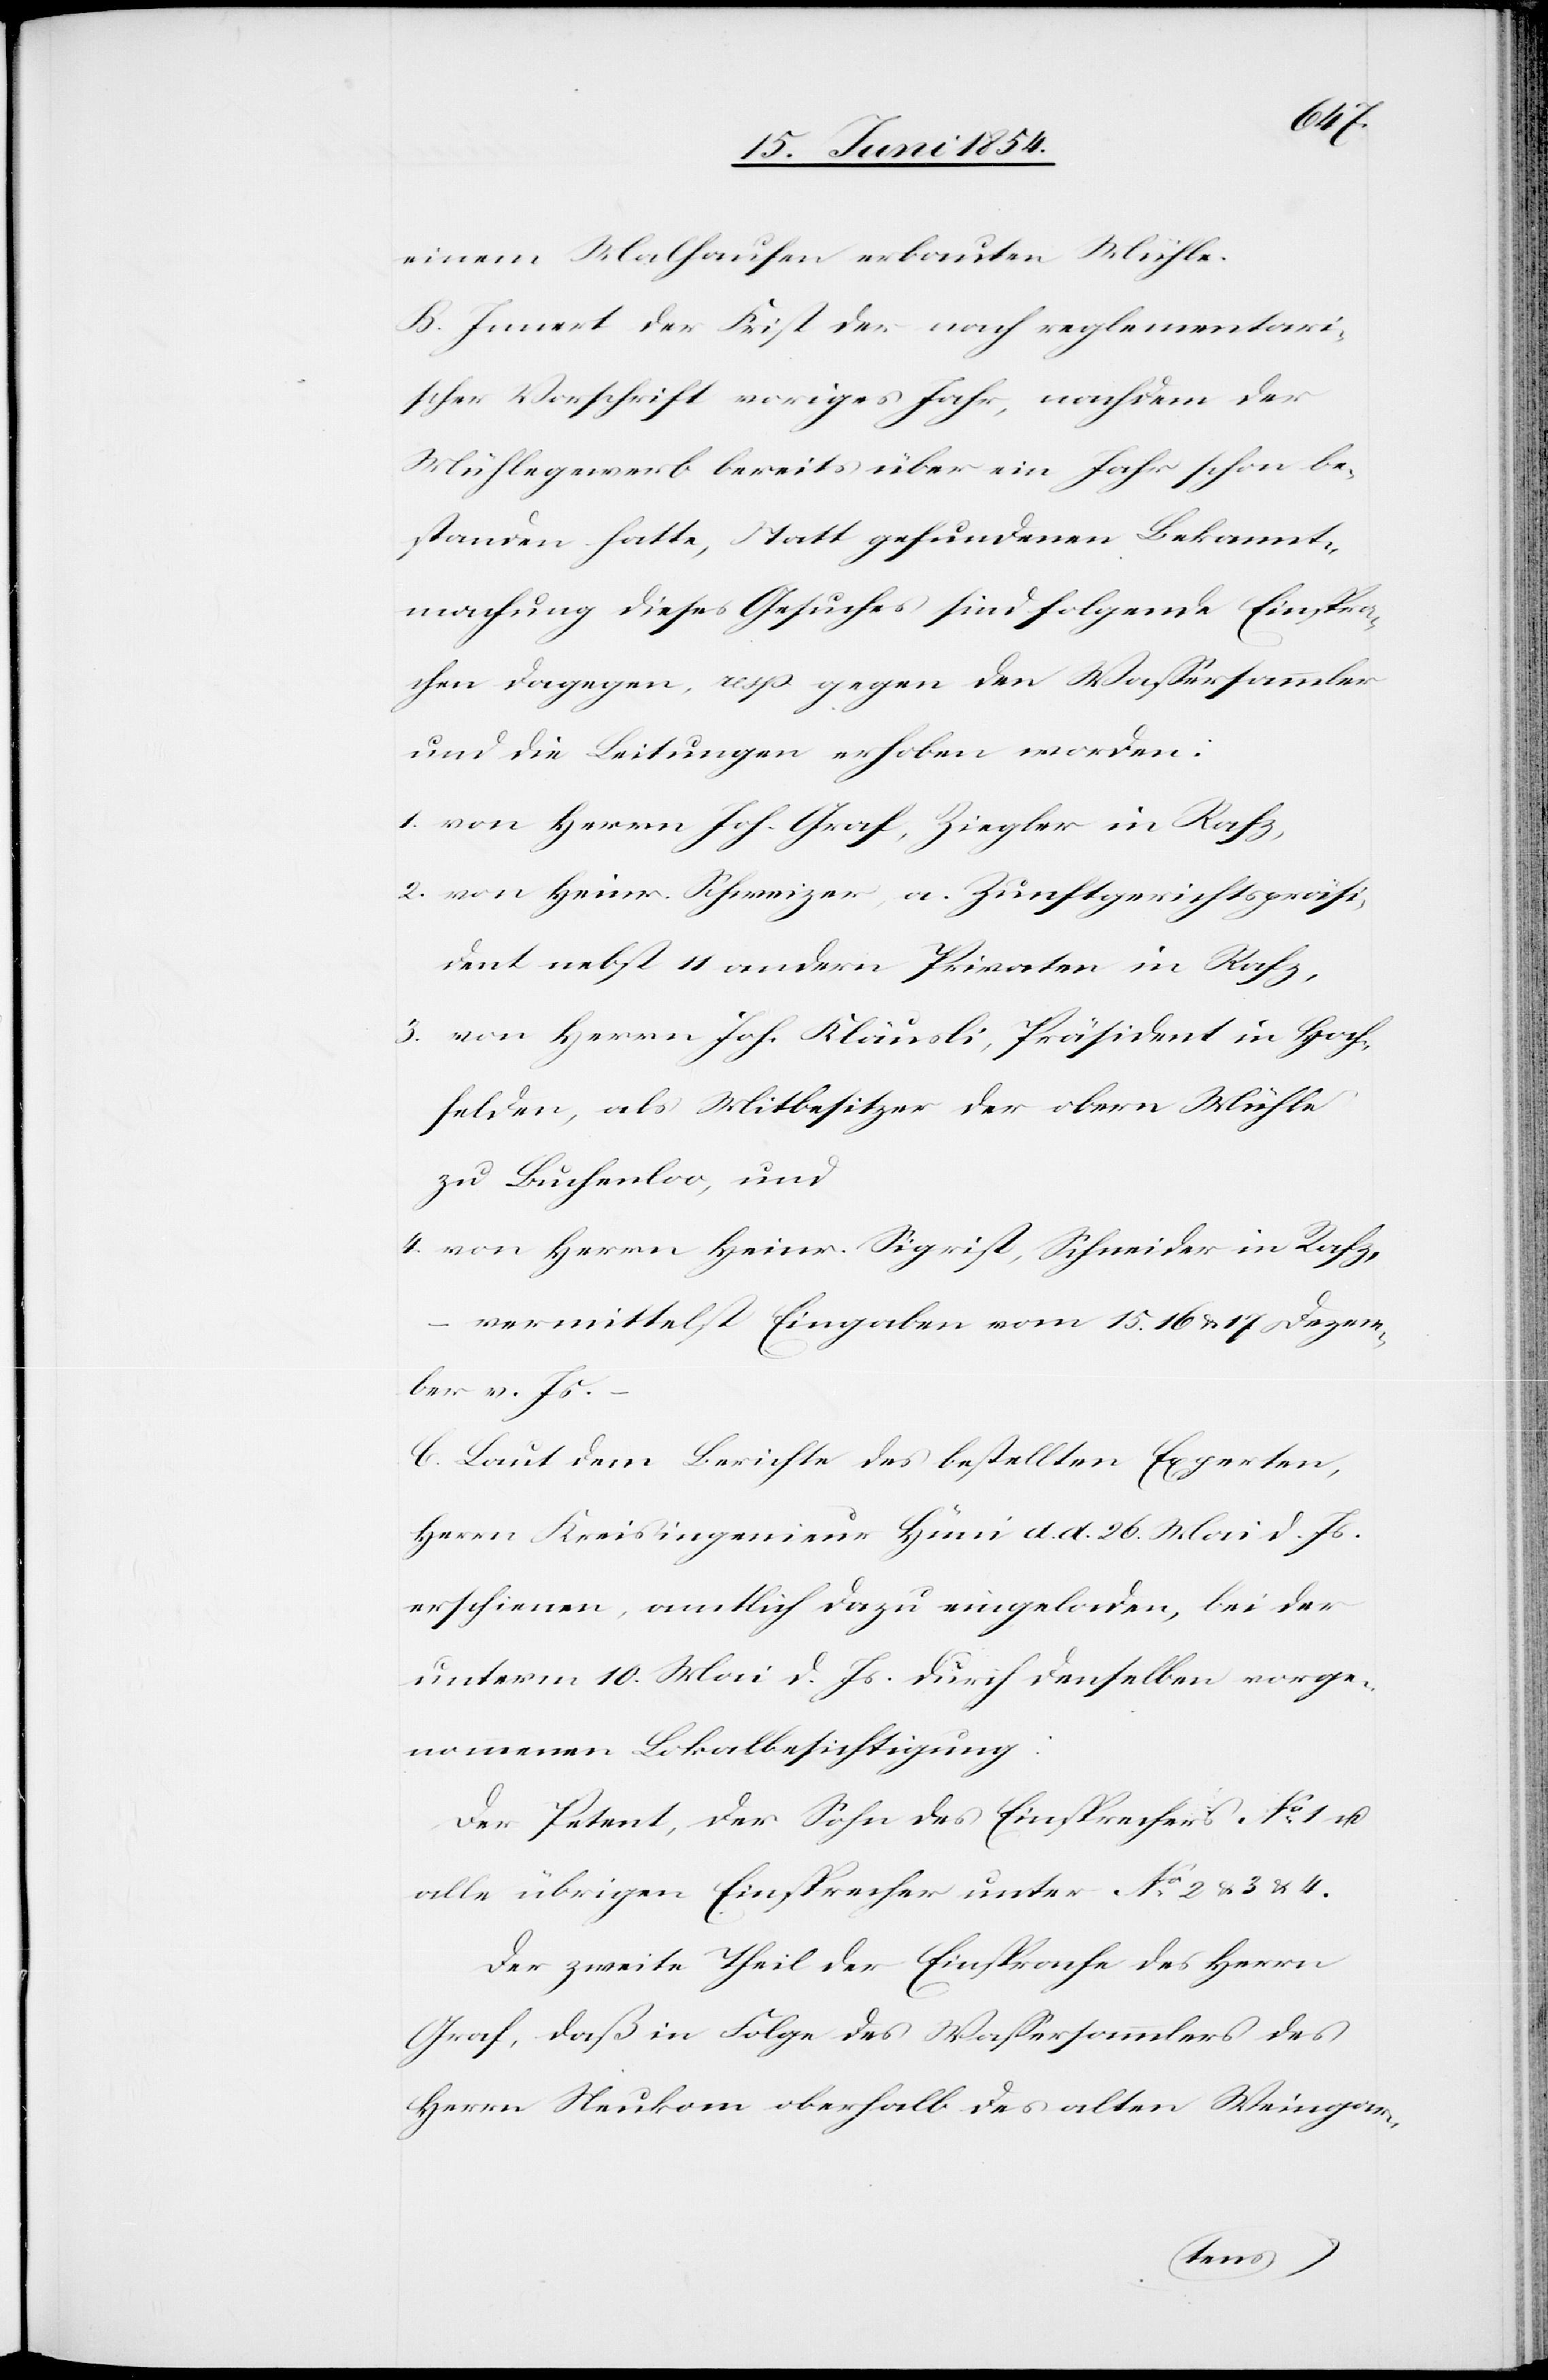
einem Malhaufen erbauten Mühle.
B. Innert der Frist der nach reglementari¬
scher Vorschrift voriges Jahr, nachdem der
Mühlegewerb bereits über ein Jahr schon be¬
standen hatte, Statt gefundenen Bekannt¬
machung dieses Gesuches sind folgende Einspra¬
chen dagegen, resp. gegen den Waßersammler
und die Leitungen erhoben worden:
1. von Herrn Joh. Graf, Ziegler in Rafz,
2. von Heinr. Schweizer, a. Zunftgerichtspräsi¬
dent nebst 11 andern Privaten in Rafz,
3. von Herrn Joh. Kläusli, Präsident in Hoch¬
felden, als Mitbesitzer der obern Mühle
zu Buchenloo, und
4. von Herrn Heinr. Sigrist, Schneider in Rafz,
–
vermittelst Eingabe vom 15.[,] 16. u. 17. Dezem¬
ber v. Js.
C. Laut dem Berichte des bestellten Experten,
Herrn Kreisingenieur Hüni d. d. 26. Mai. d. Js.
erschienen, amtlich dazu eingeladen, bei der
unterm 10. Mai d. Js. durch denselben vorge¬
nommenen Lokalbesichtigung:
Der Petent, der Sohn des Einsprechers No 1 u.
alle übrigen Einsprecher unter No 2 u. 3. u. 4.
Der zweite Theil der Einsprache des Herrn
Graf, daß in Folge des Waßersammlers des
Herrn Neukom oberhalb des alten Weingar-